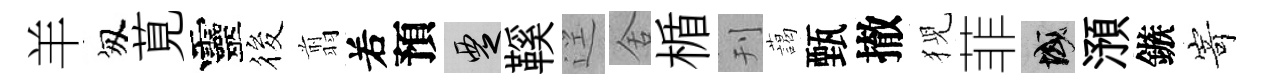
羊匆莧靈筱翦𠰥預覂鞵逕舍楯刊藹甄撤猊菲域澦鏃𭔃